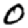
Digit: 0